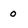
Character: o